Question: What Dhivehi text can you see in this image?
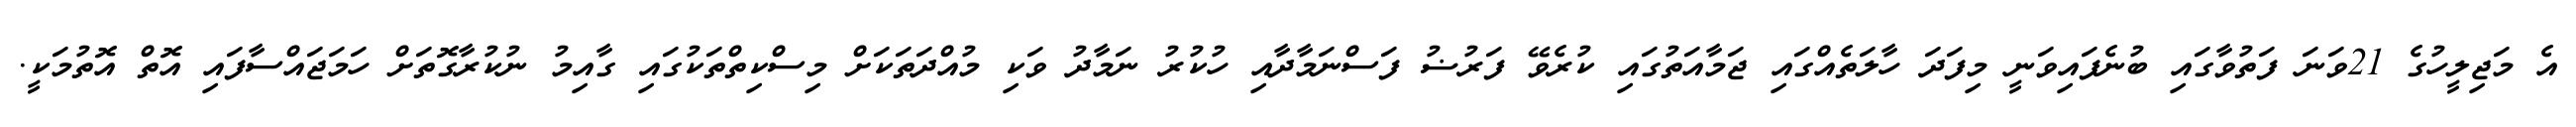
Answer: އެ މަޖިލީހުގެ 21ވަނަ ފަތުވާގައި ބުނެފައިވަނީ މިފަދަ ހާލަތެއްގައި ޖަމާއަތުގައި ކުރެވޭ ފަރުޟު ފަސްނަމާދާއި ހުކުރު ނަމާދު ވަކި މުއްދަތަކަށް މިސްކިތްތަކުގައި ގާއިމު ނުކުރާގޮތަށް ހަމަޖައްސާފައި އޮތް އޮތުމަކީ.